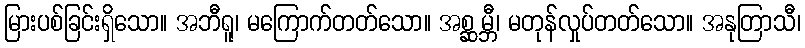
မြားပစ်ခြင်းရှိသော။ အဘီရူ၊ မကြောက်တတ်သော။ အစ္ဆမ္ဘီ၊ မတုန်လှုပ်တတ်သော။ အနုတြာသီ၊